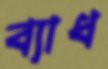
ব্যাধ